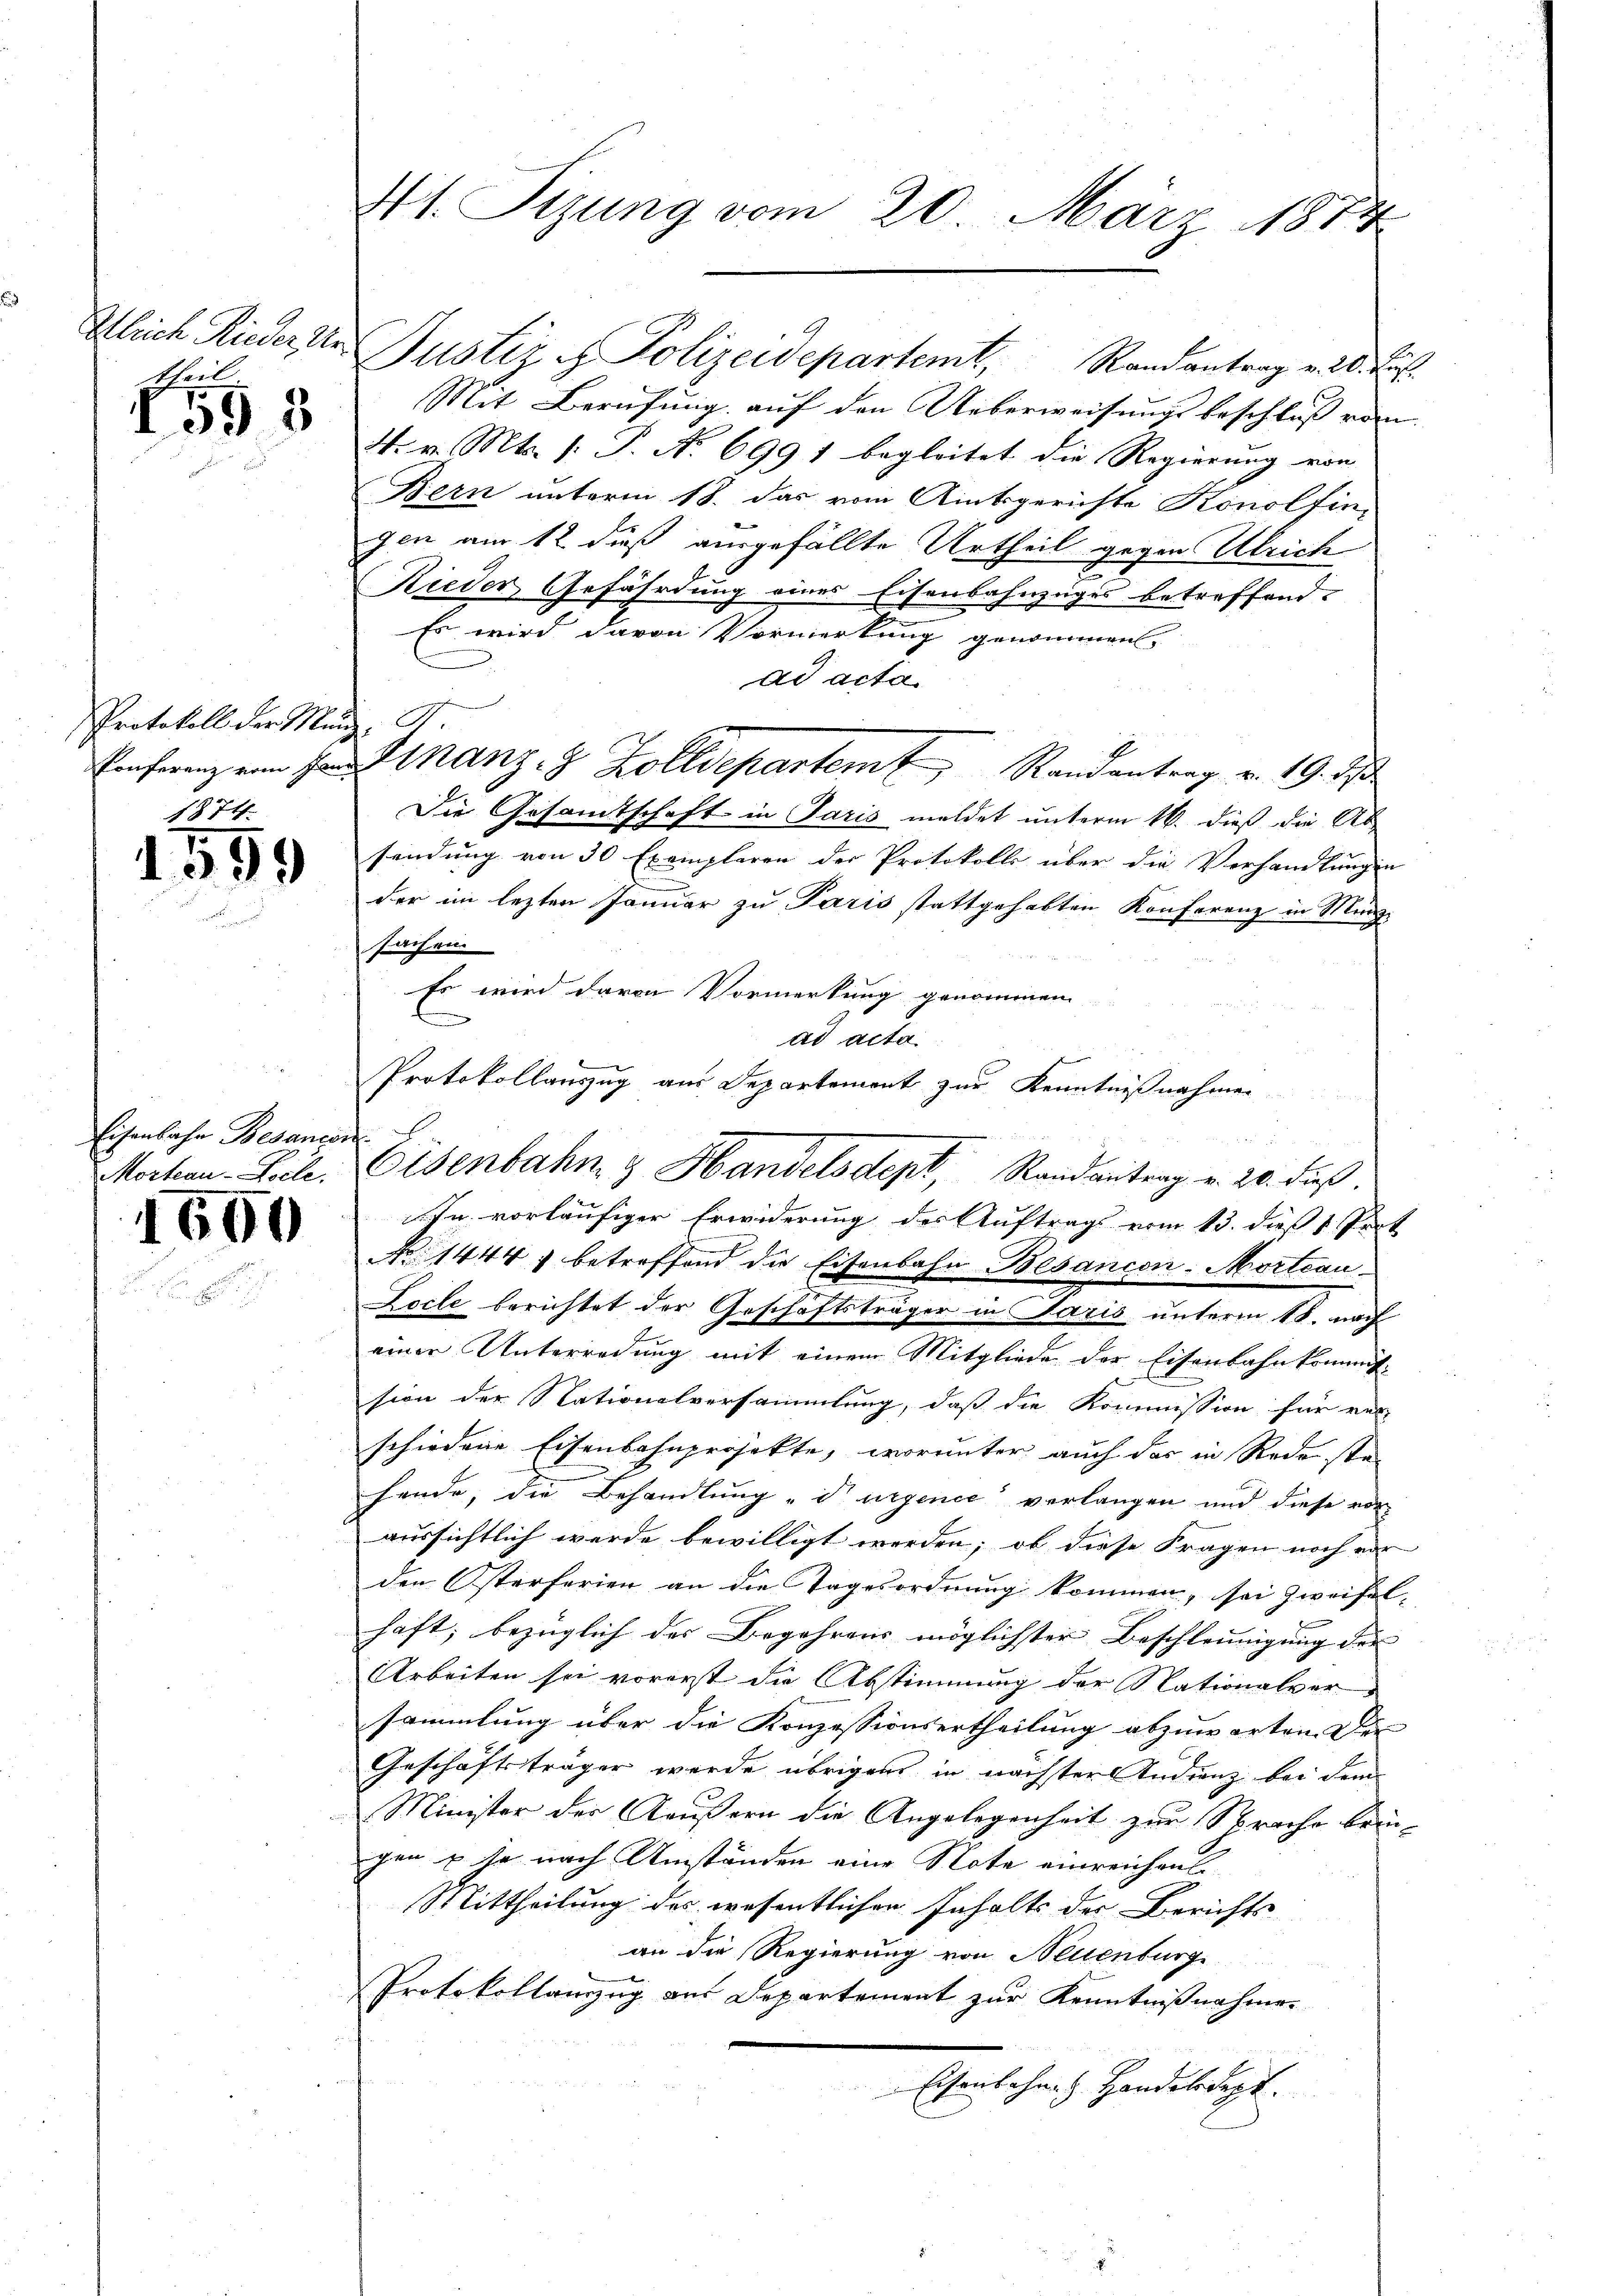
Ha

1553

Protokoll der Munz, St.

1559

Eisenbahn Besançon
Morhau-Colle.

1600

41. Tizung vom 20. März 1874

Mit Berufung auf den Ueberweisungsbeschluß vom
4. v. Mts. (: P. No 699 1 begleitet die Regierung von
Bern unterm 18. das vom Amtsgerichte Konolfingen am 12 dieß ausgefällte Urtheil gegen Ulrich
Rieder Gefährdung eines Eisenbahnzuges betreffend.
Es wird davon Vormerkung genommen.
ad acta.
Eiferenz von Hrn. Stanz - 8 Zolldepartem Randantrag v. 19. d
Die Gesamtschaft in Paris meldet unterm 16. dieß die Ab
sendung von 50 Exemplaren der Protokolls über die Verhandlungen
der im lezten Januar zu Paris stattgehabten Konferenz in Munzi
sachen.
Es wird davon Vormerkung genommen
ad acta.
Protokollauszug aus Departement zur Kenntnißnahmen

In vorläufiger Erwiderung des Auftrags vom 13. dieß 1 Seit
No 1444 betreffend die Eisenbahn Besancon-Mortoau
Loche berichtet der Geschäftsträger in Paris unterm 18. nach
einer Unterredung mit einem Mitgliede der Eisenbahnkommit¬

sion der Nationalversammlung, daß die Kommission für ver-
schiedene Eisenbahnprojekte, worunter auch das in Rede ste
hende, die Behandlung „durgence verlangen und diese vor
aussichtlich werde bewilligt werden; ob diese Fragen noch vor
den Osterferien an die Tagesordnung kommen, sei zweifel-
haft, bezüglich der Begehrens möglichster Beschleunigung der |
Arbeiten sei vorerst die Abstimmung der Nationalver-
sammlung über die Konzessionsertheilung abzuwarten. Der
Geschäftsträger werde übrigen in nächster Indienz bei dem
Minister der Aeußern die Angelegenheit zur Sprache brin-
gen & je nach Umständen eine Note einreichen
Mittheilung des wesentlichen Inhalts der Berichts
an die Regierung von Neuenburg
Protokollauszug aus Departement zur Kenntnißnahme.
Eisenbahnen Handelsdept.

Gleich Rieder die Justiz & Polizeidepartemt, Randantrag v. 20. Jul.

Eisenbahn & Handelsdept, Randantrag v. 20. dieß.